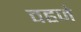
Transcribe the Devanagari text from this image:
वहजे